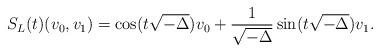
LaTeX: \begin{align*}S_L(t)(v_0,v_1) = \cos(t \sqrt{-\Delta}) v_0 + \frac{1}{\sqrt{-\Delta}} \sin(t \sqrt{-\Delta}) v_1. \end{align*}